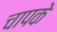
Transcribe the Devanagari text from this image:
चापके